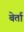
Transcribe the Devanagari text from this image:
बेर्ता